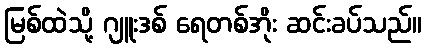
မြစ်ထဲသို့ ဂျူးဒစ် ရေတစ်အိုး ဆင်းခပ်သည်။